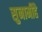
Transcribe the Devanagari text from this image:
सुनामीहै